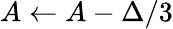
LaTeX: A\leftarrow A-\Delta/3